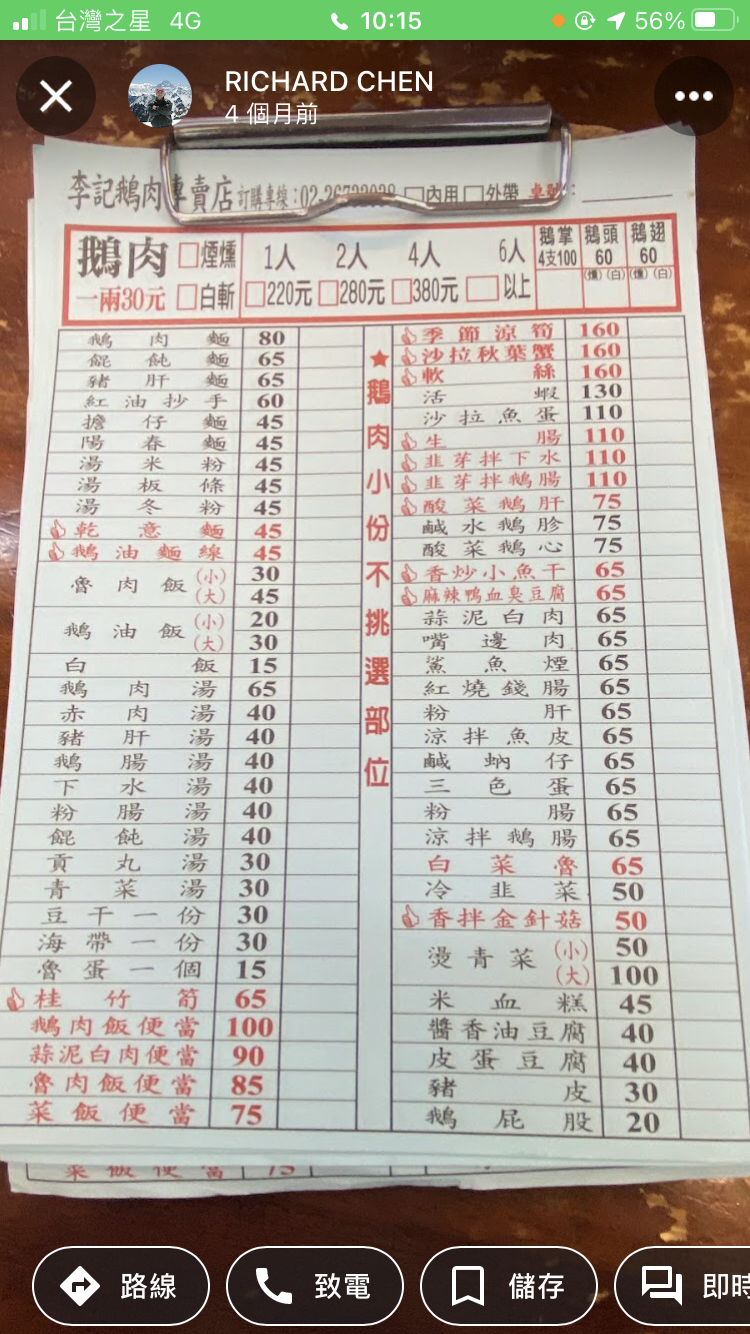
餐廳：李記鴨肉專賣店
電話：02-29792999
菜單：
name: 鴨肉 一兩
price: 30
name: 鴨肉白斬 1人
price: 220
name: 鴨肉白斬 2人
price: 280
name: 鴨肉白斬 4人
price: 380
name: 鴨掌 4枝
price: 100
name: 鴨頭
price: 60
name: 鴨翅
price: 60
name: 鴨肉麵
price: 80
name: 鴨肉飯
price: 65
name: 鴨肝麵
price: 65
name: 紅油抄手
price: 60
name: 擔仔麵
price: 45
name: 陽春麵
price: 45
name: 湯米粉
price: 45
name: 湯板條
price: 45
name: 湯冬粉
price: 45
name: 乾意麵
price: 45
name: 鴨油麵線
price: 45
name: 魯肉飯 (小)
price: 30
name: 魯肉飯 (大)
price: 45
name: 鴨油飯 (小)
price: 20
name: 鴨油飯 (大)
price: 30
name: 白飯
price: 15
name: 鴨肉湯
price: 65
name: 赤肉湯
price: 40
name: 豬肝湯
price: 40
name: 鴨腸湯
price: 40
name: 下水湯
price: 40
name: 粉腸湯
price: 40
name: 餛飩湯
price: 40
name: 貢丸湯
price: 30
name: 青菜一份
price: 30
name: 豆干一份
price: 30
name: 海帶一份
price: 30
name: 魯蛋一個
price: 15
name: 桂竹筍
price: 65
name: 鴨肉飯便當
price: 100
name: 蒜泥白肉便當
price: 90
name: 魯肉飯便當
price: 85
name: 菜飯便當
price: 75
name: 季節涼筍
price: 160
name: 沙拉秋葉蟹
price: 160
name: 綠
price: 160
name: 活
price: 130
name: 沙拉魚卵
price: 110
name: 韭芽拌下水
price: 110
name: 韭芽拌鴨腸
price: 110
name: 酸菜鴨肝
price: 75
name: 鹹水鴨胗
price: 75
name: 酸菜鴨心
price: 75
name: 香炒小魚干
price: 65
name: 麻辣鴨血豆腐
price: 65
name: 蒜泥白肉
price: 65
name: 嘴邊肉
price: 65
name: 鯊魚煙
price: 65
name: 紅燒錢腸
price: 65
name: 粉肝
price: 65
name: 涼拌魚皮
price: 65
name: 鹹蚋仔
price: 65
name: 三色蛋
price: 65
name: 粉腸
price: 65
name: 涼拌鴨腸
price: 65
name: 白菜魯
price: 65
name: 冷韭菜
price: 50
name: 香拌金針菇
price: 50
name: 燙青菜 (小)
price: 50
name: 燙青菜 (大)
price: 100
name: 米血糕
price: 45
name: 醬香油豆腐
price: 40
name: 皮蛋豆腐
price: 40
name: 豬皮
price: 30
name: 鴨屁股
price: 20